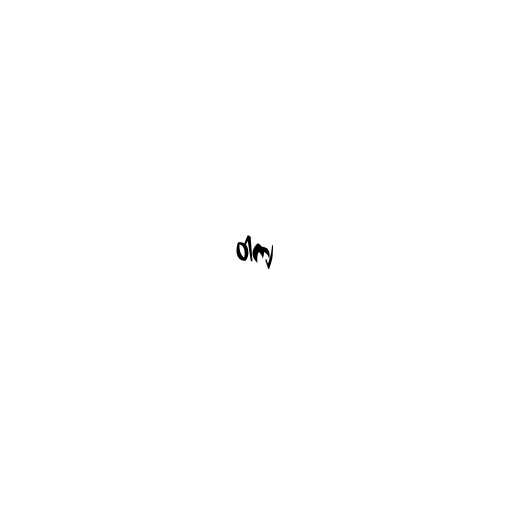
ဝါကျ